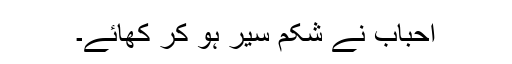
احباب نے شکم سیر ہو کر کھائے۔